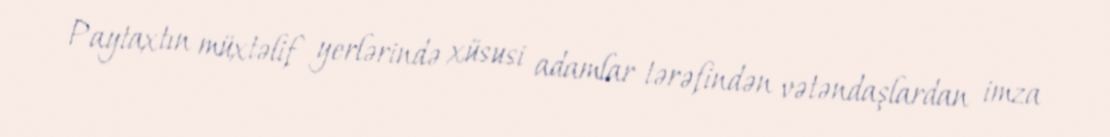
Paytaxtın müxtəlif yerlərində xüsusi adamlar tərəfindən vətəndaşlardan imza